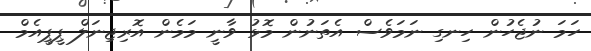
ހަމަ ނުޖެހުން ހިނގި ނަމަވެސް އެތަނުން މޮޅު ވާނީ މަމެން އޮރިޖިނަލް ޕީޕީއެމް